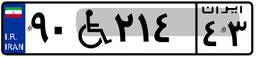
۹۰W۲۱۴۴۳